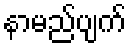
နာမည်ပျက်